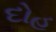
દોહ